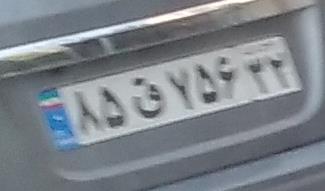
۸۵ق۷۵۶۲۲